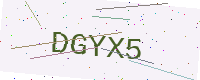
Text: DGYX5